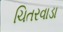
ચિતરવાડા